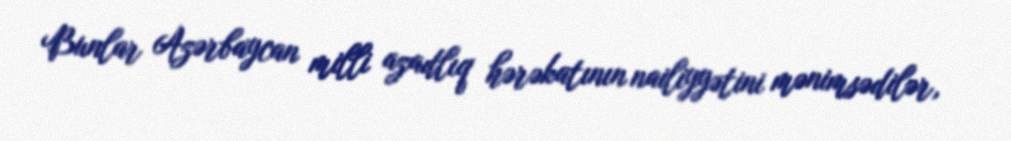
Bunlar Azərbaycan milli azadlıq hərəkatının nailiyyətini mənimsədilər,